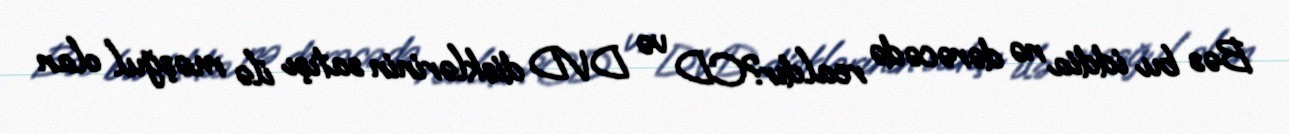
Bəs bu iddia nə dərəcədə realdır?CD və DVD disklərinin satışı ilə məşğul olan